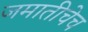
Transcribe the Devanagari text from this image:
जमातीचेच